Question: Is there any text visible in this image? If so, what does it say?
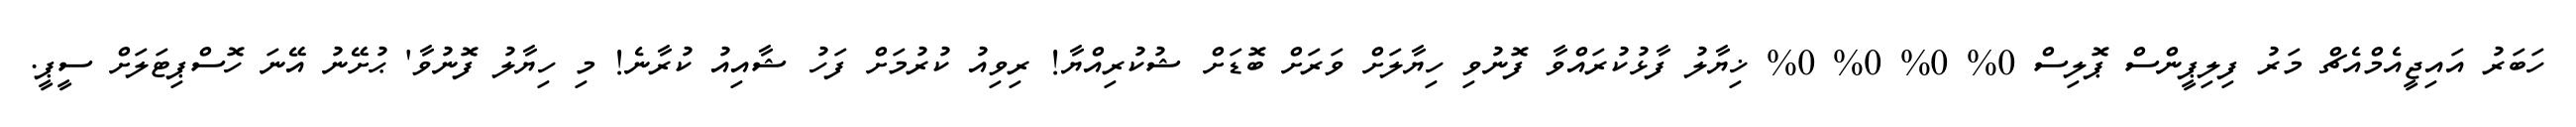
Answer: ހަބަރު އައިޖީއެމްއެޗް މަރު ފިލިޕީންސް ޕޮލިސް 0% 0% 0% 0% ޚިޔާލު ފާޅުކުރައްވާ ފޮނުވި ހިޔާލަށް ވަރަށް ބޮޑަށް ޝުކުރިއްޔާ! ރިވިއު ކުރުމަށް ފަހު ޝާއިއު ކުރާނެ! މި ހިޔާލު ފޮނުވާ' ޙުށޭނު އޭނަ ހޮސްޕިޓަލަށް ސީޕީ.